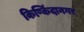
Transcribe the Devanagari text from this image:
किष्किंदानगर